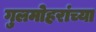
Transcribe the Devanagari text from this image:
गुलमोहरांच्या